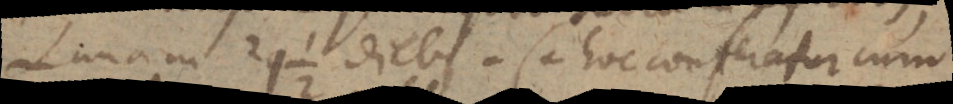
Lunam 29½ diebus (+ hoc conferatur cum